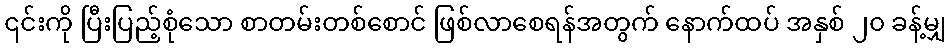
၎င်းကို ပြီးပြည့်စုံသော စာတမ်းတစ်စောင် ဖြစ်လာစေရန်အတွက် နောက်ထပ် အနှစ် ၂၀ ခန့်မျှ